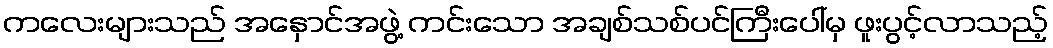
ကလေးများသည် အနှောင်အဖွဲ့ ကင်းသော အချစ်သစ်ပင်ကြီးပေါ်မှ ဖူးပွင့်လာသည့်